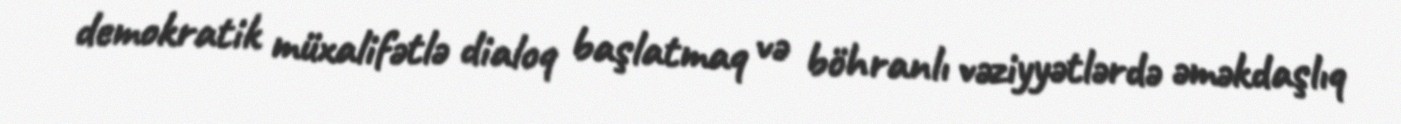
demokratik müxalifətlə dialoq başlatmaq və böhranlı vəziyyətlərdə əməkdaşlıq